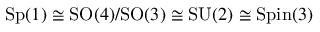
\mathrm { S p } ( 1 ) \cong \mathrm { S O } ( 4 ) / \mathrm { S O } ( 3 ) \cong \mathrm { S U } ( 2 ) \cong \mathrm { S p i n } ( 3 )